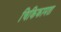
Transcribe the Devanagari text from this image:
चिकिकामता